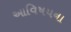
આવિષયના